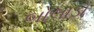
બોલાડો